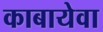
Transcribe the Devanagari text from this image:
काबायेवा